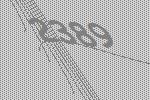
2389